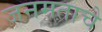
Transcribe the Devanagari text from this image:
जनमताचे